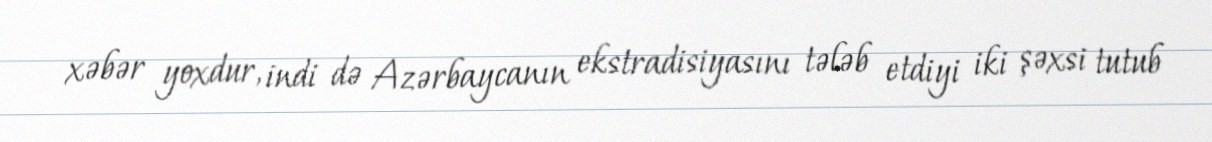
xəbər yoxdur, indi də Azərbaycanın ekstradisiyasını tələb etdiyi iki şəxsi tutub